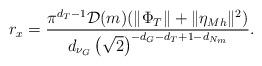
LaTeX: \begin{align*}\begin{multlined}[t][12.5cm]r_{x}=\frac{\pi^{d_{T}-1}\mathcal{D}(m)(\|\Phi_{T}\|+\|\eta_{Mh}\|^2)}{d_{\nu_{G}}\left(\sqrt{2}\right)^{-d_{G}-d_{T}+1-d_{N_{m}}}}.\end{multlined}\end{align*}